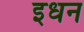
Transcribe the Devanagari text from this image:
इधन